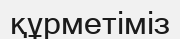
құрметіміз